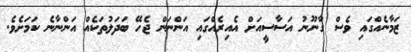
ޒަމާނެއްގައި ވެސް ގާނޫނު އަސާސީއަށް އެއިރެއްގައި އަންނަން ޖެހޭ ބަދަލުތަކެއް އަންނާނެ ކަމަށެވެ.